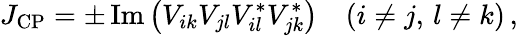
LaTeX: J_{\mathrm{CP}}=\pm\, \mathrm{Im}\left(V_{ik}V_{jl}V_{il}^{\ast}V_{jk}^{\ast}\right)\quad(i\not=j,\, l\not=k)\, ,